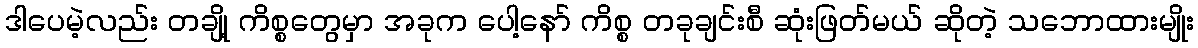
ဒါပေမဲ့လည်း တချို့ ကိစ္စတွေမှာ အခုက ပေါ့နော် ကိစ္စ တခုချင်းစီ ဆုံးဖြတ်မယ် ဆိုတဲ့ သဘောထားမျိုး